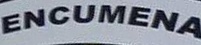
ENCUMENA